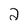
Character: 2